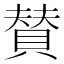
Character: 賛